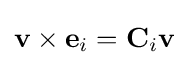
\mathbf {v} \times \mathbf {e} _{i}=\mathbf {C} _{i}\mathbf {v}